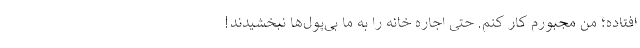
افتاده؛ من مجبورم کار کنم. حتی اجاره خانه را به ما بی‌پول‌ها نبخشیدند!